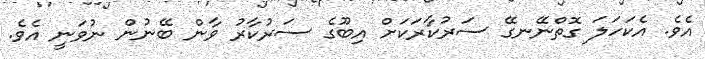
އެވެ. އެކަހަލަ ގޮތްނޭނގޭ ސަރުކާރަކަށް އިބޫގެ ސަރުކާރު ވާން ބޭނުން ނުވަނީ އެވެ.